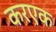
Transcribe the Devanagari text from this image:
करएक